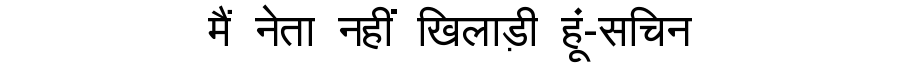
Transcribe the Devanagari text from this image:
मैं नेता नहीं खिलाड़ी हूं-सचिन